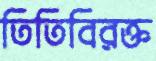
তিতিবিরক্ত